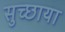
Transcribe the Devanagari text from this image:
सुच्छाया